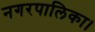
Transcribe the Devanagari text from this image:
नगरपालिका।